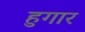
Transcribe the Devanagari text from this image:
हुगार